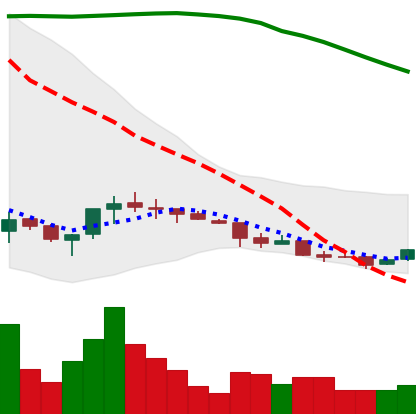
Ticker: ETC-USD
Chart end date: 2018-04-03
Forward return: -6.889%
Label: down_5_7